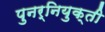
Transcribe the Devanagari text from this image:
पुनर्नियुक्ती